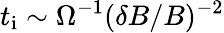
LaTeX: t_{\mathrm{i}}\sim\Omega_{\mathrm{}}^{-1}(\delta B/B)^{-2}